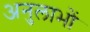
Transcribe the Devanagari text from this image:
अनुलाभों